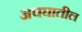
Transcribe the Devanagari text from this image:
अपघातील